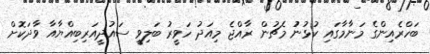
ބަހްރެއިންގެ މަނާމާގައި ކުޅުނުު މެޗުން ރާއްޖެ މިއަދު ހަވީރު ބަލިވީ ސައުދީއަރިބިއްޔާއާ ވާދަކޮށް